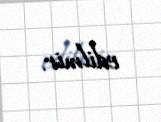
edilmir.